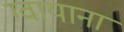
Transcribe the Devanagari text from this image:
ग्वायाना